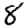
Digit: 8